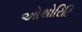
ઓથોરિટિ